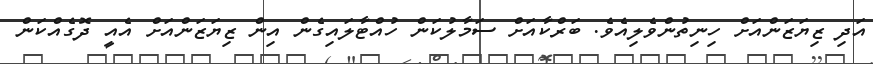
އަދި ޒިޔަޒަންއަށް ހިނިތުންވެލިއެވެ. ބަރްކާއަށް ސަމާލުކަން ހުއްޓާލަައިގެން އިން ޒިޔަޒަންއަށް އެއީ ދޮގެއްކަން